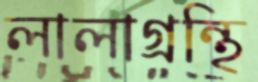
লালাগ্রন্থি